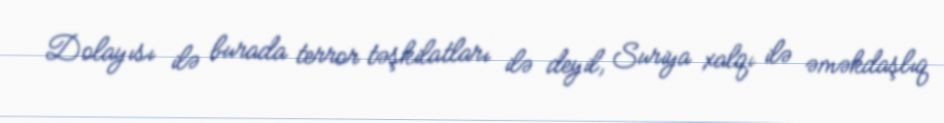
Dolayısı ilə burada terror təşkilatları ilə deyil, Suriya xalqı ilə əməkdaşlıq